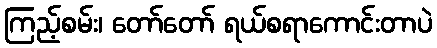
ကြည့်စမ်း၊ တော်တော် ရယ်စရာကောင်းတာပဲ